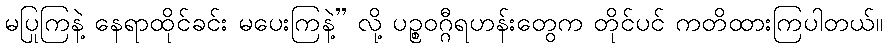
မပြုကြနဲ့ နေရာထိုင်ခင်း မပေးကြနဲ့” လို့ ပဉ္စဝဂ္ဂီရဟန်းတွေက တိုင်ပင် ကတိထားကြပါတယ်။